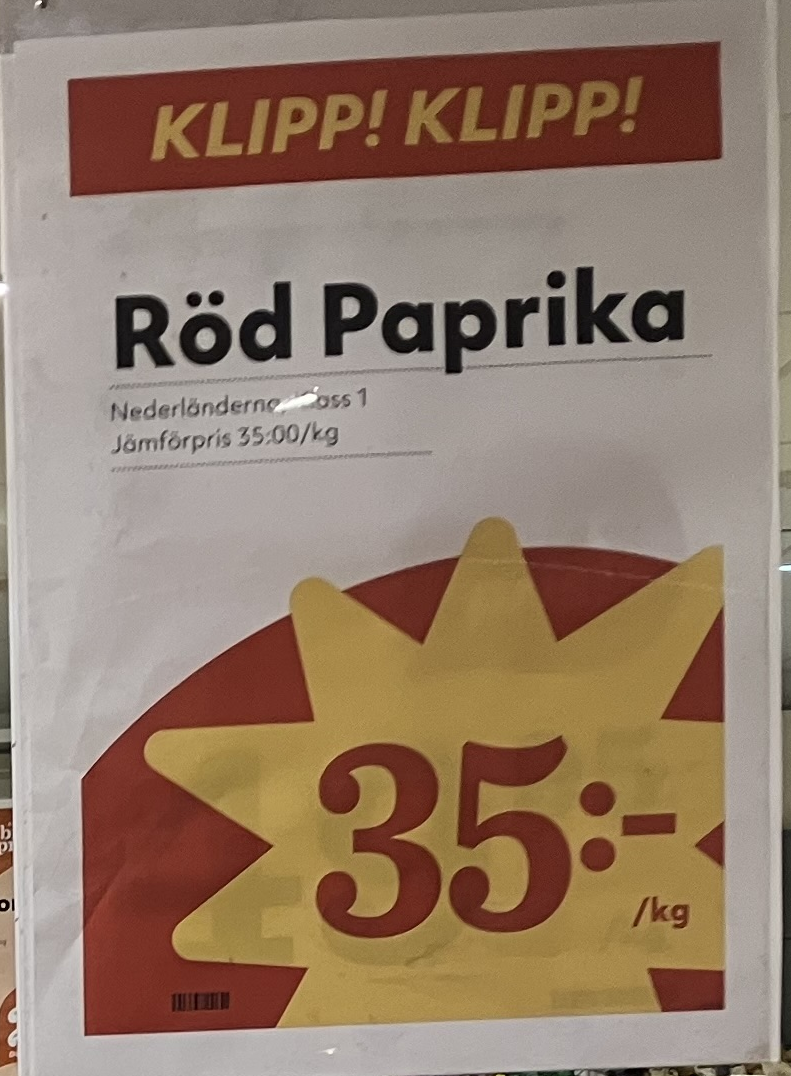
Vara: Röd paprika
Genomsnittspris: 35 per kg